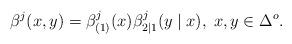
LaTeX: \begin{align*}\beta^j(x,y) = \beta^j_{(1)} (x) \beta^j_{2|1}(y \mid x), \; x,y \in \Delta^o.\end{align*}